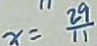
x = \frac { 2 9 } { 1 1 }